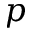
p